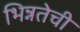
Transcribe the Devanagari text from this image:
भिन्नतेची